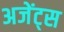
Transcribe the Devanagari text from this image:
अजेंट्स